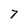
Character: 7